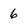
Character: 6